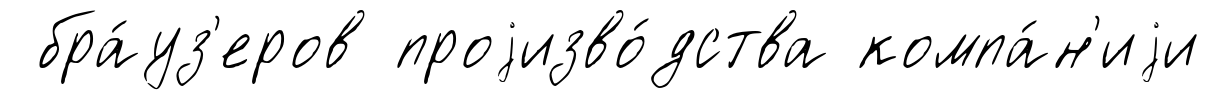
бра́уз'еров проjизво́дства компа́н'иjи